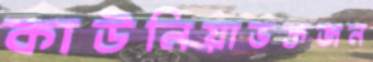
কাউনিয়াভক্তজন